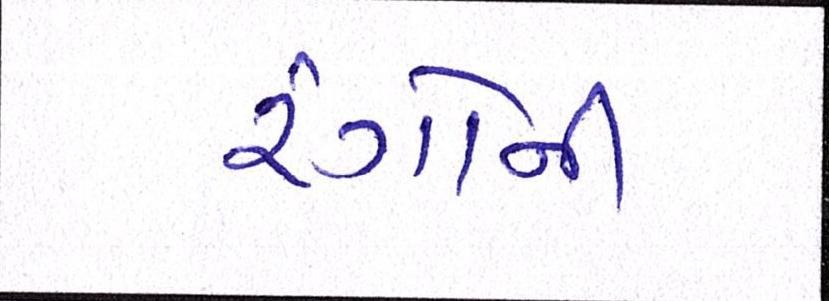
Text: રંગોની